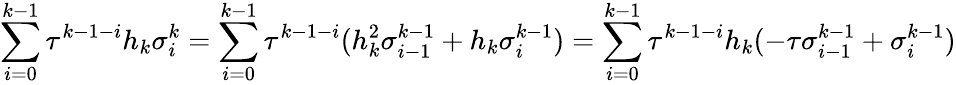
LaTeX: \sum_{i=0}^{k-1}\tau^{k-1-i}h_{k}\sigma_{i}^{k}=\sum_{i=0}^{k-1}\tau^{k-1-i}(h_{k}^{2}\sigma_{i-1}^{k-1}+h_{k}\sigma_{i}^{k-1})=\sum_{i=0}^{k-1}\tau^{k-1-i}h_{k}(-\tau\sigma_{i-1}^{k-1}+\sigma_{i}^{k-1})